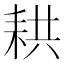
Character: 𦓳